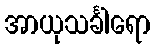
အာယုသင်္ခါရော